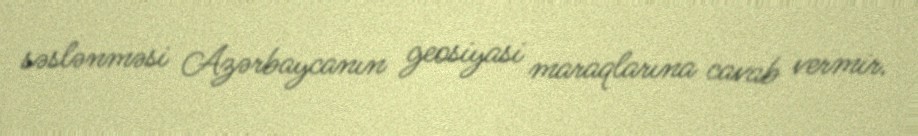
səslənməsi Azərbaycanın geosiyasi maraqlarına cavab vermir.